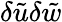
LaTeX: \delta\tilde{{u}}\delta\tilde{{w}}